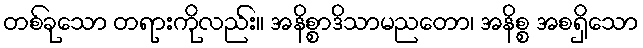
တစ်ခုသော တရားကိုလည်း။ အနိစ္စာဒိသာမညတော၊ အနိစ္စ အစရှိသော